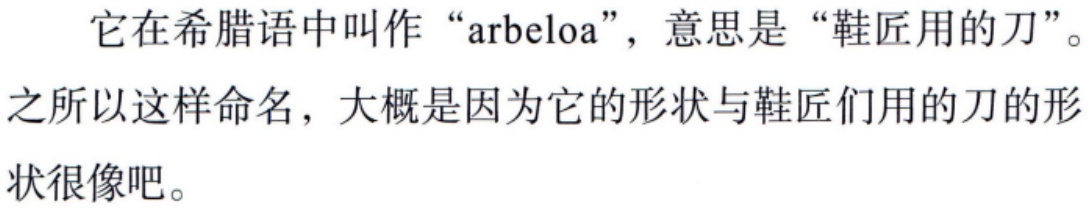
它在希腊语中叫作“arbeloa”，意思是“鞋匠用的刀”。之所以这样命名，大概是因为它的形状与鞋匠们用的刀的形状很像吧。